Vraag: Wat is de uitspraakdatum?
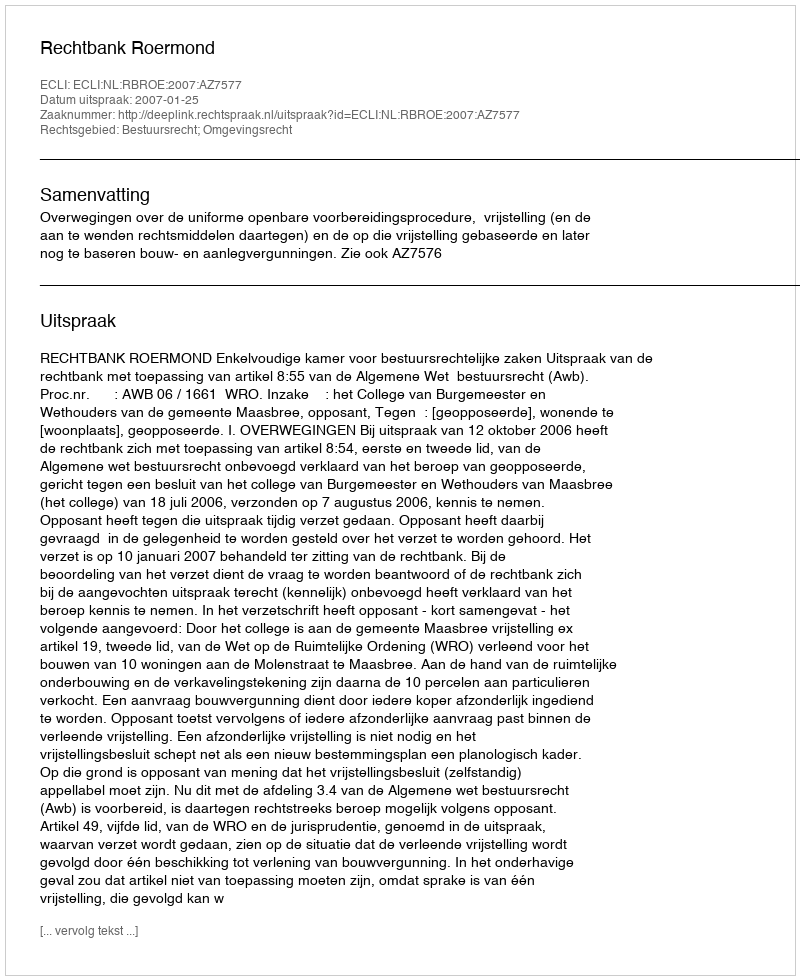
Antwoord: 2007-01-25